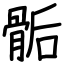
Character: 骺